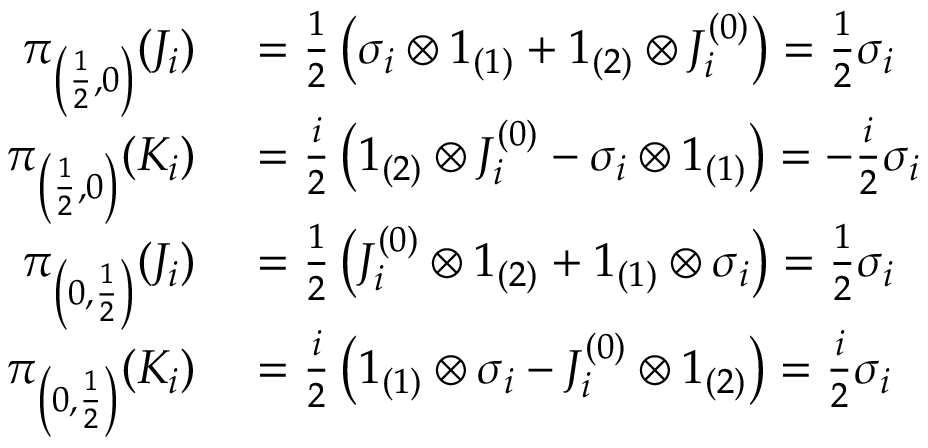
\begin{array} { r l } { \pi _ { \left( { \frac { 1 } { 2 } } , 0 \right) } ( J _ { i } ) } & { { } = { \frac { 1 } { 2 } } \left( \sigma _ { i } \otimes 1 _ { ( 1 ) } + 1 _ { ( 2 ) } \otimes J _ { i } ^ { ( 0 ) } \right) = { \frac { 1 } { 2 } } \sigma _ { i } } \\ { \pi _ { \left( { \frac { 1 } { 2 } } , 0 \right) } ( K _ { i } ) } & { { } = { \frac { i } { 2 } } \left( 1 _ { ( 2 ) } \otimes J _ { i } ^ { ( 0 ) } - \sigma _ { i } \otimes 1 _ { ( 1 ) } \right) = - { \frac { i } { 2 } } \sigma _ { i } } \\ { \pi _ { \left( 0 , { \frac { 1 } { 2 } } \right) } ( J _ { i } ) } & { { } = { \frac { 1 } { 2 } } \left( J _ { i } ^ { ( 0 ) } \otimes 1 _ { ( 2 ) } + 1 _ { ( 1 ) } \otimes \sigma _ { i } \right) = { \frac { 1 } { 2 } } \sigma _ { i } } \\ { \pi _ { \left( 0 , { \frac { 1 } { 2 } } \right) } ( K _ { i } ) } & { { } = { \frac { i } { 2 } } \left( 1 _ { ( 1 ) } \otimes \sigma _ { i } - J _ { i } ^ { ( 0 ) } \otimes 1 _ { ( 2 ) } \right) = { \frac { i } { 2 } } \sigma _ { i } } \end{array}